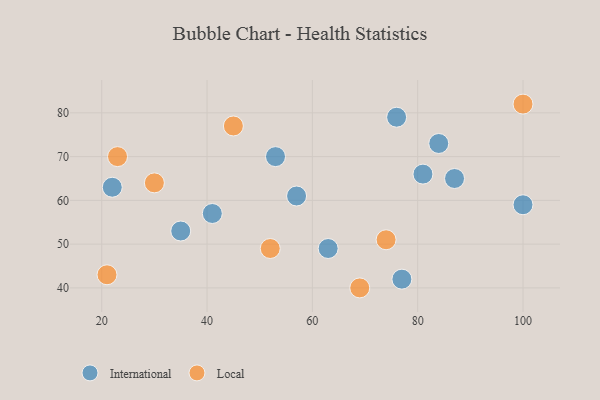
{"axis": {"x": "GDP", "y": "Life Expectancy"}, "legend": ["International", "Local"], "data": [{"x": "35", "y": 53, "type": "International"}, {"x": "57", "y": 61, "type": "International"}, {"x": "63", "y": 49, "type": "International"}, {"x": "41", "y": 57, "type": "International"}, {"x": "81", "y": 66, "type": "International"}, {"x": "84", "y": 73, "type": "International"}, {"x": "100", "y": 59, "type": "International"}, {"x": "22", "y": 63, "type": "International"}, {"x": "53", "y": 70, "type": "International"}, {"x": "77", "y": 42, "type": "International"}, {"x": "76", "y": 79, "type": "International"}, {"x": "87", "y": 65, "type": "International"}, {"x": "52", "y": 49, "type": "Local"}, {"x": "100", "y": 82, "type": "Local"}, {"x": "45", "y": 77, "type": "Local"}, {"x": "69", "y": 40, "type": "Local"}, {"x": "23", "y": 70, "type": "Local"}, {"x": "30", "y": 64, "type": "Local"}, {"x": "74", "y": 51, "type": "Local"}, {"x": "21", "y": 43, "type": "Local"}]}